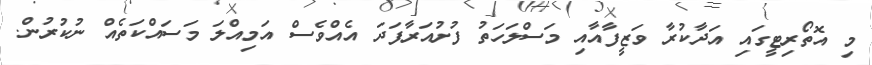
މި އޮތޯރިޓީގައި އަދާކުރާ ވަޒީފާއާއި މަސްލަހަތު ފުށުއަރާފަދަ އެއްވެސް އަމިއްލަ މަސައްކަތެއް ނުކުރުން.